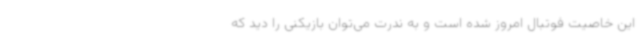
این خاصیت فوتبال امروز شده است و به ندرت می‌توان بازیکنی را دید که